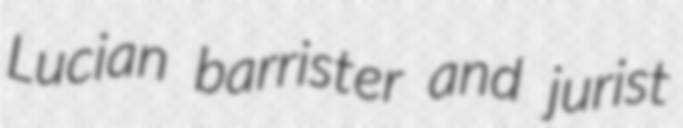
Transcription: Lucian barrister and jurist